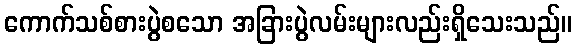
ကောက်သစ်စားပွဲစသော အခြားပွဲလမ်းများလည်းရှိသေးသည်။